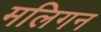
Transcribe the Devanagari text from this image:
मलिगन